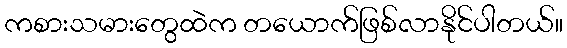
ကစားသမားတွေထဲက တယောက်ဖြစ်လာနိုင်ပါတယ်။